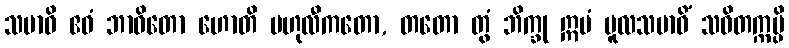
သမာဓိ ဧဝံ ဘာဝိတော ဟောတိ ဗဟုလီကတော, တတော တွံ ဘိက္ခု ဣမံ မူလသမာဓိံ သဝိတက္ကမ္ပိ